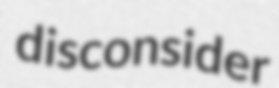
disconsider